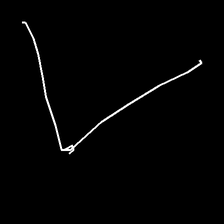
Glyph: region